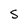
Character: S